Annual administration and progress report of the Indian Medical Department, Bombay
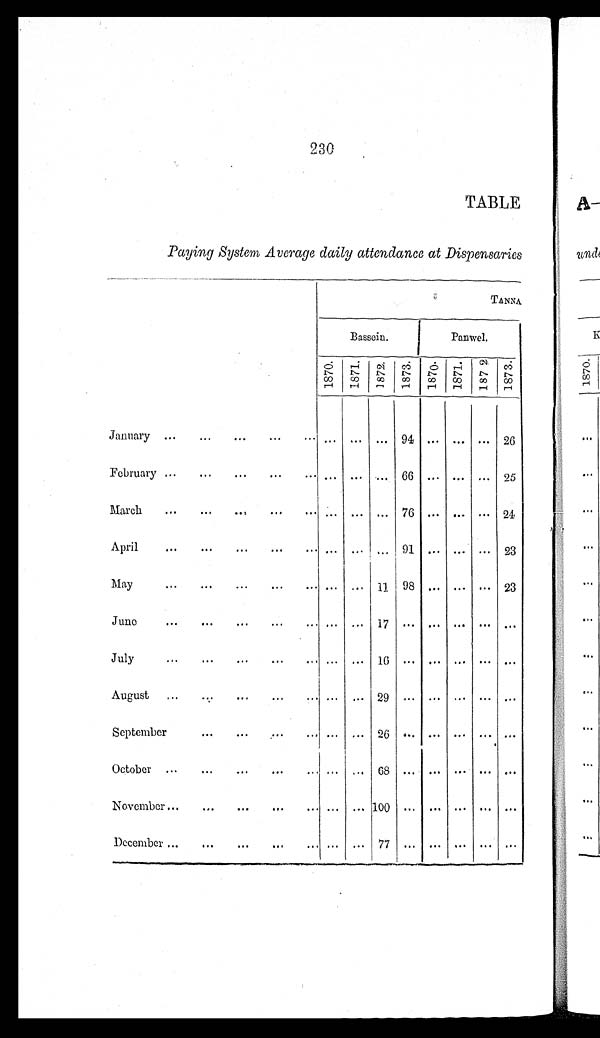
TABLE
Paying System Average daily attendance at Dispensaries
TANNA
Bassein.
Panwel.
1870. 1871. 1872. 1873. 1870. 1871.
1872.
1873.
January ...... . . . ...
...
... ... ...
9 4
26
February ...
.
... ...
66 ... . . . ... 25
March
...
7 6
2 4
April...
91 .........
23
May...
...
. .
...
11 98 ........
23
June
...
...
...
17
July
...
. . .
—
... ... 16
August
...
...
. . . ...
29
September
... ...
26 ... . .. . . . . . . . ..
October ...
...
...
.. ... ... 68
November ......
100
...
December .... .. .
77